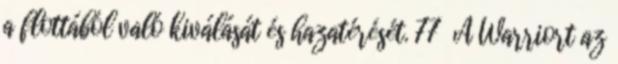
a flottából való kiválását és hazatérését. 77 A Warriort az